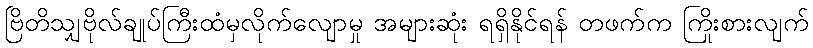
ဗြိတိသျှဗိုလ်ချုပ်ကြီးထံမှလိုက်လျောမှု အများဆုံး ရရှိနိုင်ရန် တဖက်က ကြိုးစားလျက်